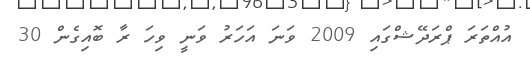
އުއްތަރަ ޕްރަދޭޝްގައި 2009 ވަނަ އަހަރު ވަނީ ވިހަ ރާ ބޮއިގެން 30